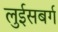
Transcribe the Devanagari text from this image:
लुईसबर्ग